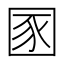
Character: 圂